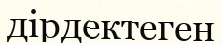
дірдектеген